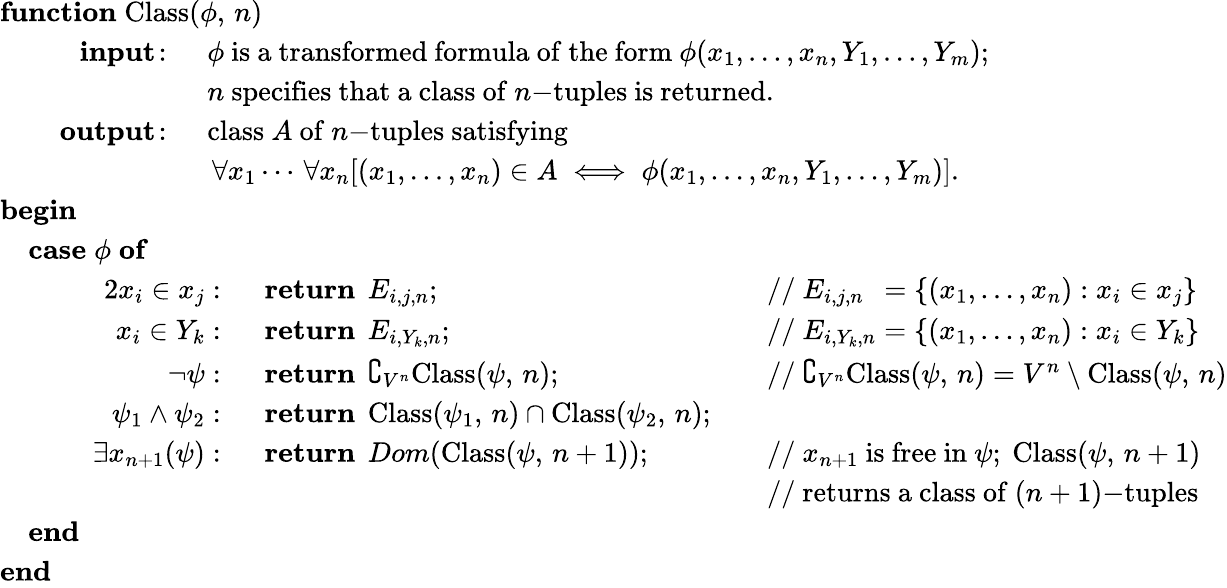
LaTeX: {\begin{array}{l}{\mathbf{function}\; {\mathrm{Class}}(\phi,\, n)}\\ {\quad{\begin{array}{rl}{\mathbf{input}\! :\; \, }&{\phi{\mathrm{~is~a~transformed~formula~of~the~form~}}\phi(x_{1},\ldots,x_{n},Y_{1},\ldots,Y_{m});}\\ &{n{\mathrm{~specifies~that~a~class~of~}}n{\mathrm{-tuples~is~returned.}}}\\ {\; \; \; \; \mathbf{output}\! :\; \, }&{{\mathrm{class~}}A{\mathrm{~of~}}n{\mathrm{-tuples~satisfying~}}}\\ &{\, \forall x_{1}\cdots\, \forall x_{n}[(x_{1},\ldots,x_{n})\in A\iff\phi(x_{1},\ldots,x_{n},Y_{1},\ldots,Y_{m})].}\end{array}}}\\ {\mathbf{begin}}\\ {\quad\mathbf{case}\; \phi\; \mathbf{of}}\\ {\qquad{\begin{array}{rlrl}{{2}x_{i}\in x_{j}:\; \; }&{\mathbf{return}\; \, E_{i,j,n};}&&{{\mathrm{//~}}E_{i,j,n}\; \, =\{ (x_{1},\dots,x_{n}):x_{i}\in x_{j}\} }\\ {x_{i}\in Y_{k}:\; \; }&{\mathbf{return}\; \, E_{i,Y_{k},n};}&&{{\mathrm{//~}}E_{i,Y_{k},n}=\{ (x_{1},\dots,x_{n}):x_{i}\in Y_{k}\} }\\ {\neg\psi:\; \; }&{\mathbf{return}\; \, \complement_{V^{n}}{\mathrm{Class}}(\psi,\, n);}&&{{\mathrm{//~}}\complement_{V^{n}}{\mathrm{Class}}(\psi,\, n)=V^{n}\setminus{\mathrm{Class}}(\psi,\, n)}\\ {\psi_{1}\land\psi_{2}:\; \; }&{\mathbf{return}\; \, {\mathrm{Class}}(\psi_{1},\, n)\cap{\mathrm{Class}}(\psi_{2},\, n);}&&{}\\ {\; \; \; \; \, \exists x_{n+1}(\psi):\; \; }&{\mathbf{return}\; \, Dom({\mathrm{Class}}(\psi,\, n+1));}&&{{\mathrm{//~}}x_{n+1}{\mathrm{~is~free~in~}}\psi;{\mathrm{~Class}}(\psi,\, n+1)}\\ &{\ }&&{{\mathrm{//~returns~a~class~of~}}(n+1){\mathrm{-tuples}}}\end{array}}}\\ {\quad\mathbf{end}}\\ {\mathbf{end}}\end{array}}